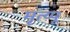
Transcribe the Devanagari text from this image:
मृत्य्पू